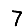
Digit: 7